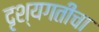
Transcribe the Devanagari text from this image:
दृश्यगतीचा